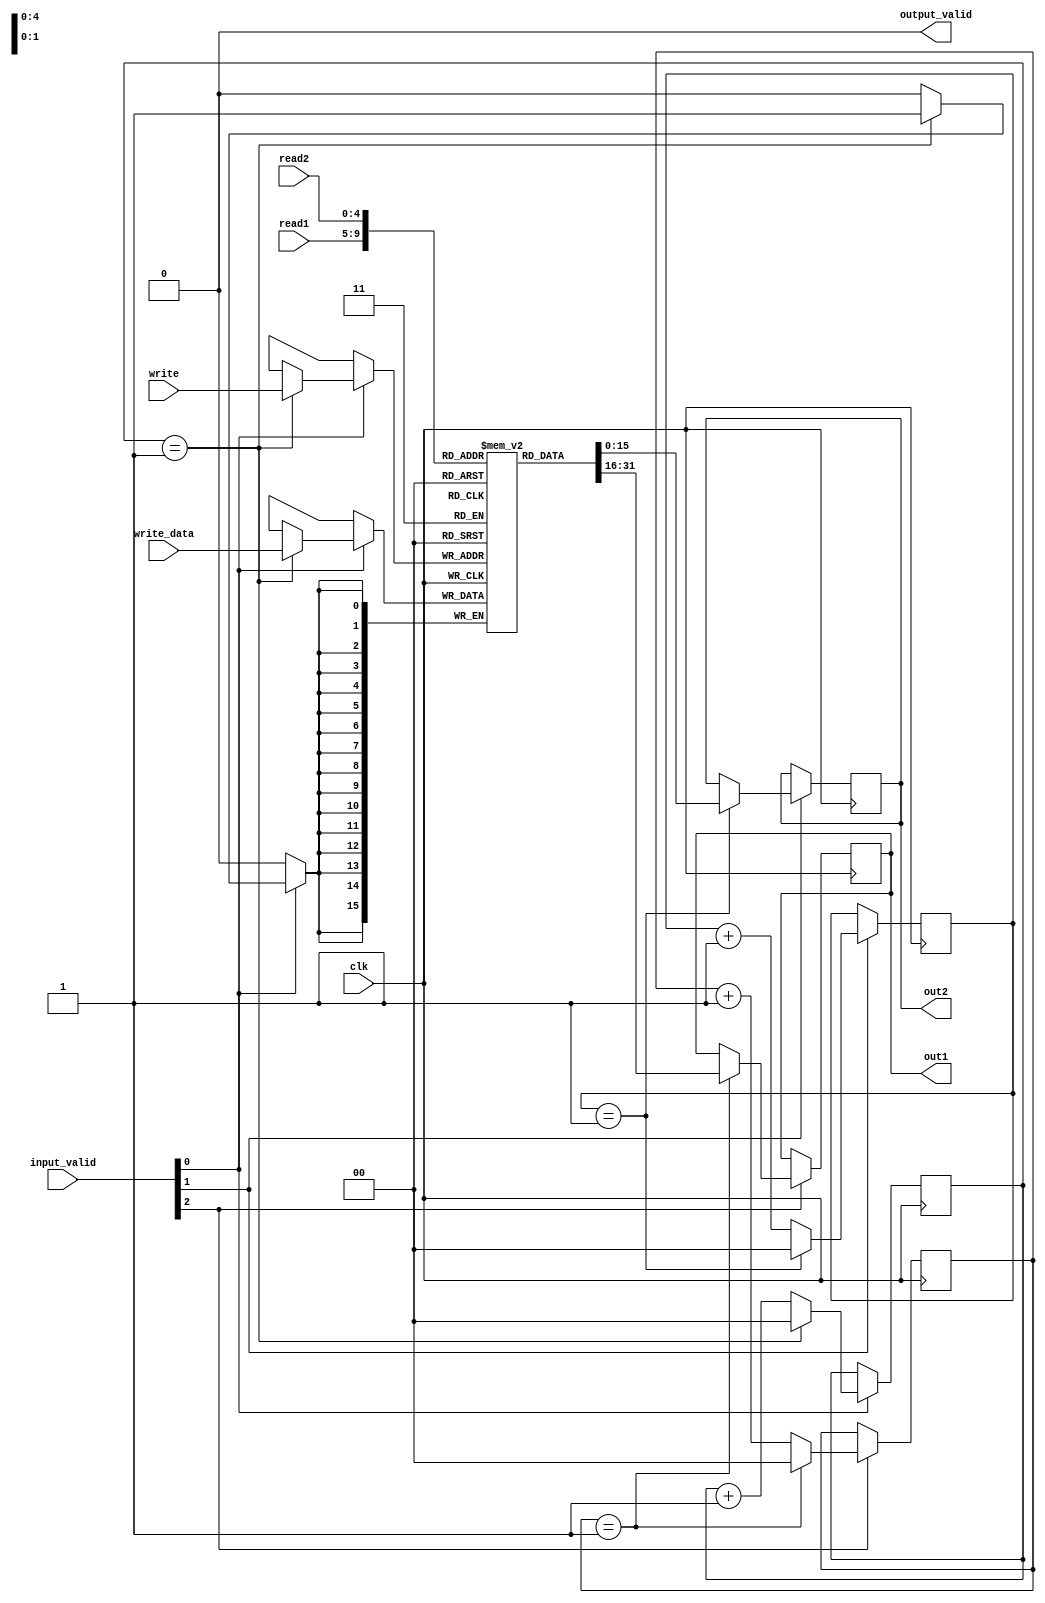
module reg_file(clk, read1, read2, write, write_data, input_valid, out1, out2, output_valid);

    // Inputs
    input clk;
    input [4:0] read1;
    input [4:0] read2;
    input [4:0] write;
    input [15:0] write_data;
    input [2:0] input_valid;

    // Outputs
    output reg signed [15:0] out1;
    output reg signed [15:0] out2;
    output wire output_valid;

    // Declaration of memory 
    reg [15:0] mem[31:0];
    reg [1:0] count1 = 0;
    reg [1:0] count2 = 0;
    reg [1:0] count3 = 0;
    reg done1 = 0;
    reg done2 = 0;
    reg done3 = 0;

    // Initialising of memory
    initial begin
        mem[0] = 0;
        mem[1] = 0;
        mem[2] = 0;
        mem[3] = 0;
        mem[4] = 0;
        mem[5] = 0;
        mem[6] = 0;
        mem[7] = 0;
        mem[8] = 0;
        mem[9] = 0;
        mem[10] = 0;
        mem[11] = 0;
        mem[12] = 0;
        mem[13] = 0;
        mem[14] = 0;
        mem[15] = 0;
        mem[16] = 0;
        mem[17] = 0;
        mem[18] = 0;
        mem[19] = 0;
        mem[20] = 0;
        mem[21] = 0;
        mem[22] = 0;
        mem[23] = 0;
        mem[24] = 0;
        mem[25] = 0;
        mem[26] = 0;
        mem[27] = 0;
        mem[28] = 0;
        mem[29] = 0;
        mem[30] = 0;
        mem[31] = 0;
    end

    always @(read1 or read2 or write or write_data or input_valid) begin
        done1 = 0;
        done2 = 0;
        done3 = 0;
    end

    always @(posedge clk) begin
        if (input_valid[2] == 1) begin
            if (count1 == 1) begin
                out1 = mem[read1];
                done1 = 1;
                count1 = 0; 
            end
            else begin
                count1 = count1 + 1;
            end
        end
    end

    always @(posedge clk) begin
        if (input_valid[1] == 1) begin
            if (count2 == 1) begin
                out2 = mem[read2];
                done2 = 1;
                count2 = 0; 
            end
            else begin
                count2 = count2 + 1;
            end
        end
    end

    always @(posedge clk) begin
        if (input_valid[0] == 1) begin
            if (count3 == 1) begin
                mem[write] = write_data;
                done3 = 1;
                count3 = 0; 
            end
            else begin
                count3 = count3 + 1;
            end
        end
    end

    assign output_valid = done1 || done2 || done3;

endmodule